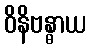
ဝိနိဗန္ဓာယ